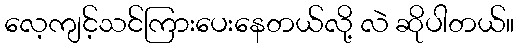
လေ့ကျင့်သင်ကြားပေးနေတယ်လို့ လဲ ဆိုပါတယ်။